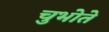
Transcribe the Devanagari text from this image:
चुभोते